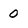
Character: 0